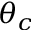
\theta _ { c }